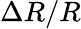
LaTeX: \Delta R/R